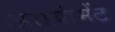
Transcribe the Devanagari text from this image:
असयांमेंट